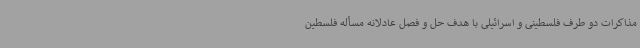
مذاکرات دو طرف فلسطینی و اسرائیلی با هدف حل و فصل عادلانه مسأله فلسطین